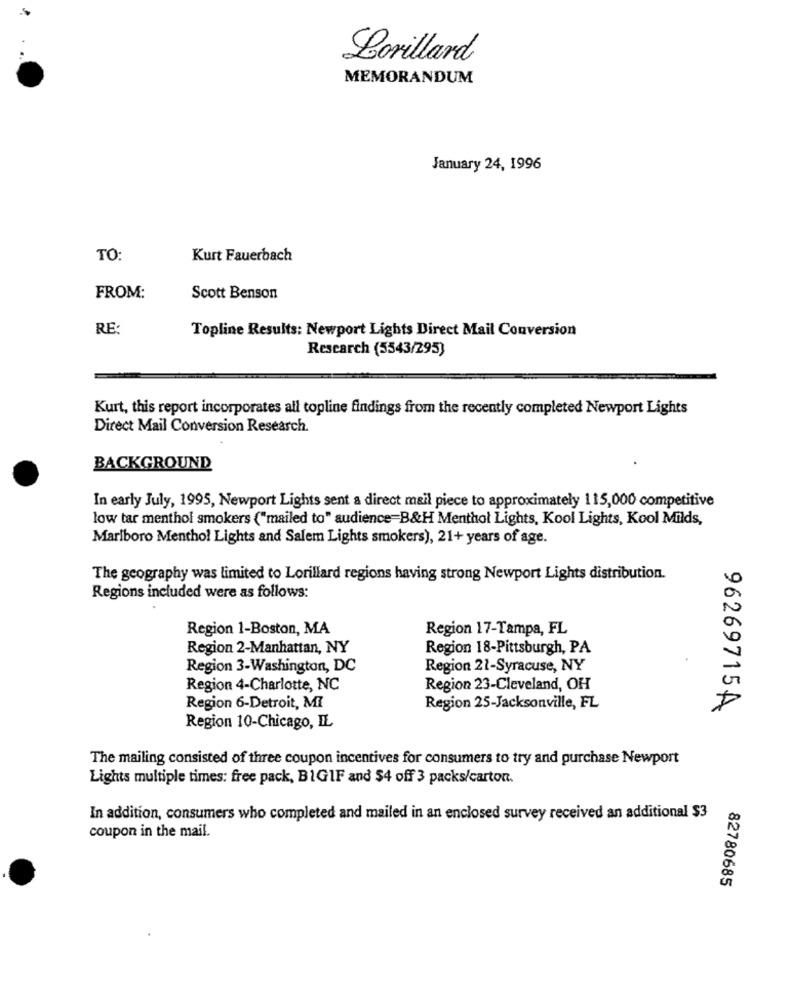
Lorillard
MEMORANDUM
January 24, 1996
TO:
Kurt Fauerbach
FROM:
Scott Benson
RE:
Topline Results: Newport Lights Direct Mail Conversion
Research (5543/295)
Kurt, this report incorporates all topline findings from the recently completed Newport Lights
Direct Mail Conversion Research.
BACKGROUND
In early July, 1995, Newport Lights sent a direct mail piece to approximately 115,000 competitive
low tar menthol smokers ("mailed to" audience=B&H Menthol Lights, Kool Lights, Kool Milds,
Marlboro Menthol Lights and Salem Lights smokers), 21+ years of age.
The geography was limited to Lorillard regions having strong Newport Lights distribution.
Regions included were as follows:
Region 1-Boston, MA
Region 17-Tampa, FL
Region 2-Manhattan, NY
Region 18-Pittsburgh, PA
Region 3-Washington, DC
Region 21-Syracuse, NY
Region 4-Charlotte, NC
Region 23-Cleveland, OH
Region 6-Detroit, MI
Region 25-Jacksonville, FL
96269715A
Region 10-Chicago, IL
The mailing consisted of three coupon incentives for consumers to try and purchase Newport
Lights multiple times: free pack, B1G1F and $4 off 3 packs/carton.
In addition, consumers who completed and mailed in an enclosed survey received an additional $3
coupon in the mail.
82780685